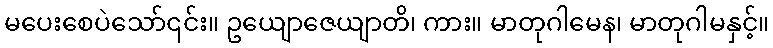
မပေးစေပဲသော်၎င်း။ ဥယျောဇေယျာတိ၊ ကား။ မာတုဂါမေန၊ မာတုဂါမနှင့်။